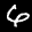
Label: 6